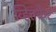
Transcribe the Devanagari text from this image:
व्हित्तकेर